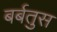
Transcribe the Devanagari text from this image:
बर्बतुस